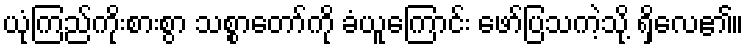
ယုံကြည်ကိုးစားစွာ သစ္စာတော်ကို ခံယူကြောင်း ဖော်ပြသကဲ့သို့ ရှိလေ၏။